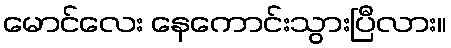
မောင်လေး နေကောင်းသွားပြီလား။